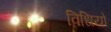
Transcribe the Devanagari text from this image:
विधियो